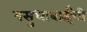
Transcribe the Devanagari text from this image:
वसुधाबाईंची